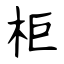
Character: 柜